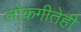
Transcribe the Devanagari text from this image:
लोकगीतेही